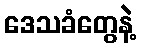
ဒေသခံတွေနဲ့